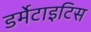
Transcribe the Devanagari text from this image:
डर्मेटाइटिस